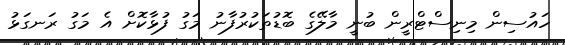
ހައުސިން މިނިސްޓްރީން ބުނީ މާލޭގެ ބޮޑުތަކުރުފާނު މަގު ފުޅާކޮށް އެ މަގު ރަނގަޅު